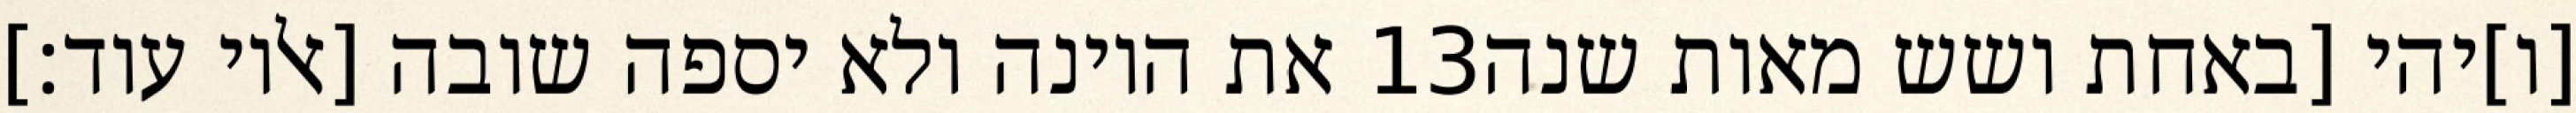
את היונה ולא יספה שובה [אליו עוד׃] ‎13‏ [ו]יהי [באחת ושש מאות שנה